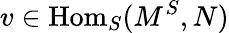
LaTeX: v\in{\mathrm{Hom}}_{S}(M^{S},N)